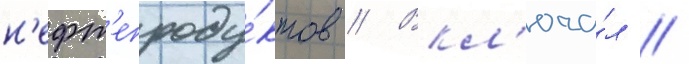
н'ефт'епроду́ктов // Вкл'юча́л //